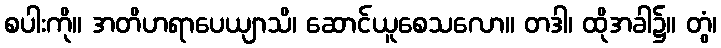
စပါးကို။ အတိဟရာပေယျာသိ၊ ဆောင်ယူစေသလော။ တဒါ၊ ထိုအခါ၌။ တွံ၊